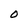
Character: O